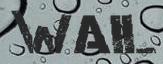
WAIL